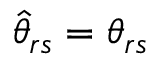
\hat { \theta } _ { r s } = \theta _ { r s }